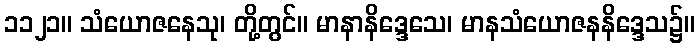
၁၁၂၁။ သံယောဇနေသု၊ တို့တွင်။ မာနာနိဒ္ဒေသေ၊ မာနသံယောဇနနိဒ္ဒေသ၌။